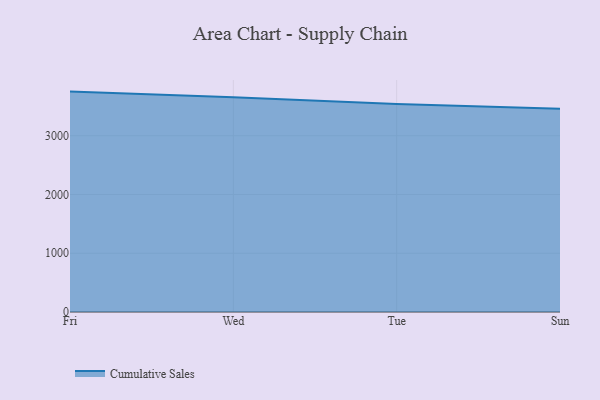
{"axis": {"x": "Day", "y": "Humidity (%)"}, "legend": ["Cumulative Sales"], "data": [{"x": "Fri", "y": 3750.8, "type": "Cumulative Sales"}, {"x": "Wed", "y": 3654.7, "type": "Cumulative Sales"}, {"x": "Tue", "y": 3541.9, "type": "Cumulative Sales"}, {"x": "Sun", "y": 3457.7, "type": "Cumulative Sales"}]}